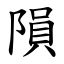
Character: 隕